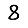
Digit: 8